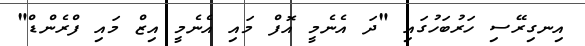
އިނގިރޭސި ހަރުބަހުގައި "ދަ އެނެމީ އޮފް މައި އެނެމީ އިޒް މައި ފްރެންޑް"